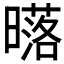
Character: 𣋛